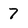
Character: 7